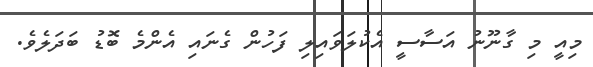
މިއީ މި ގާނޫނު އަސާސީ އެކުލަވައިލި ފަހުން ގެނައި އެންމެ ބޮޑު ބަދަލެވެ.